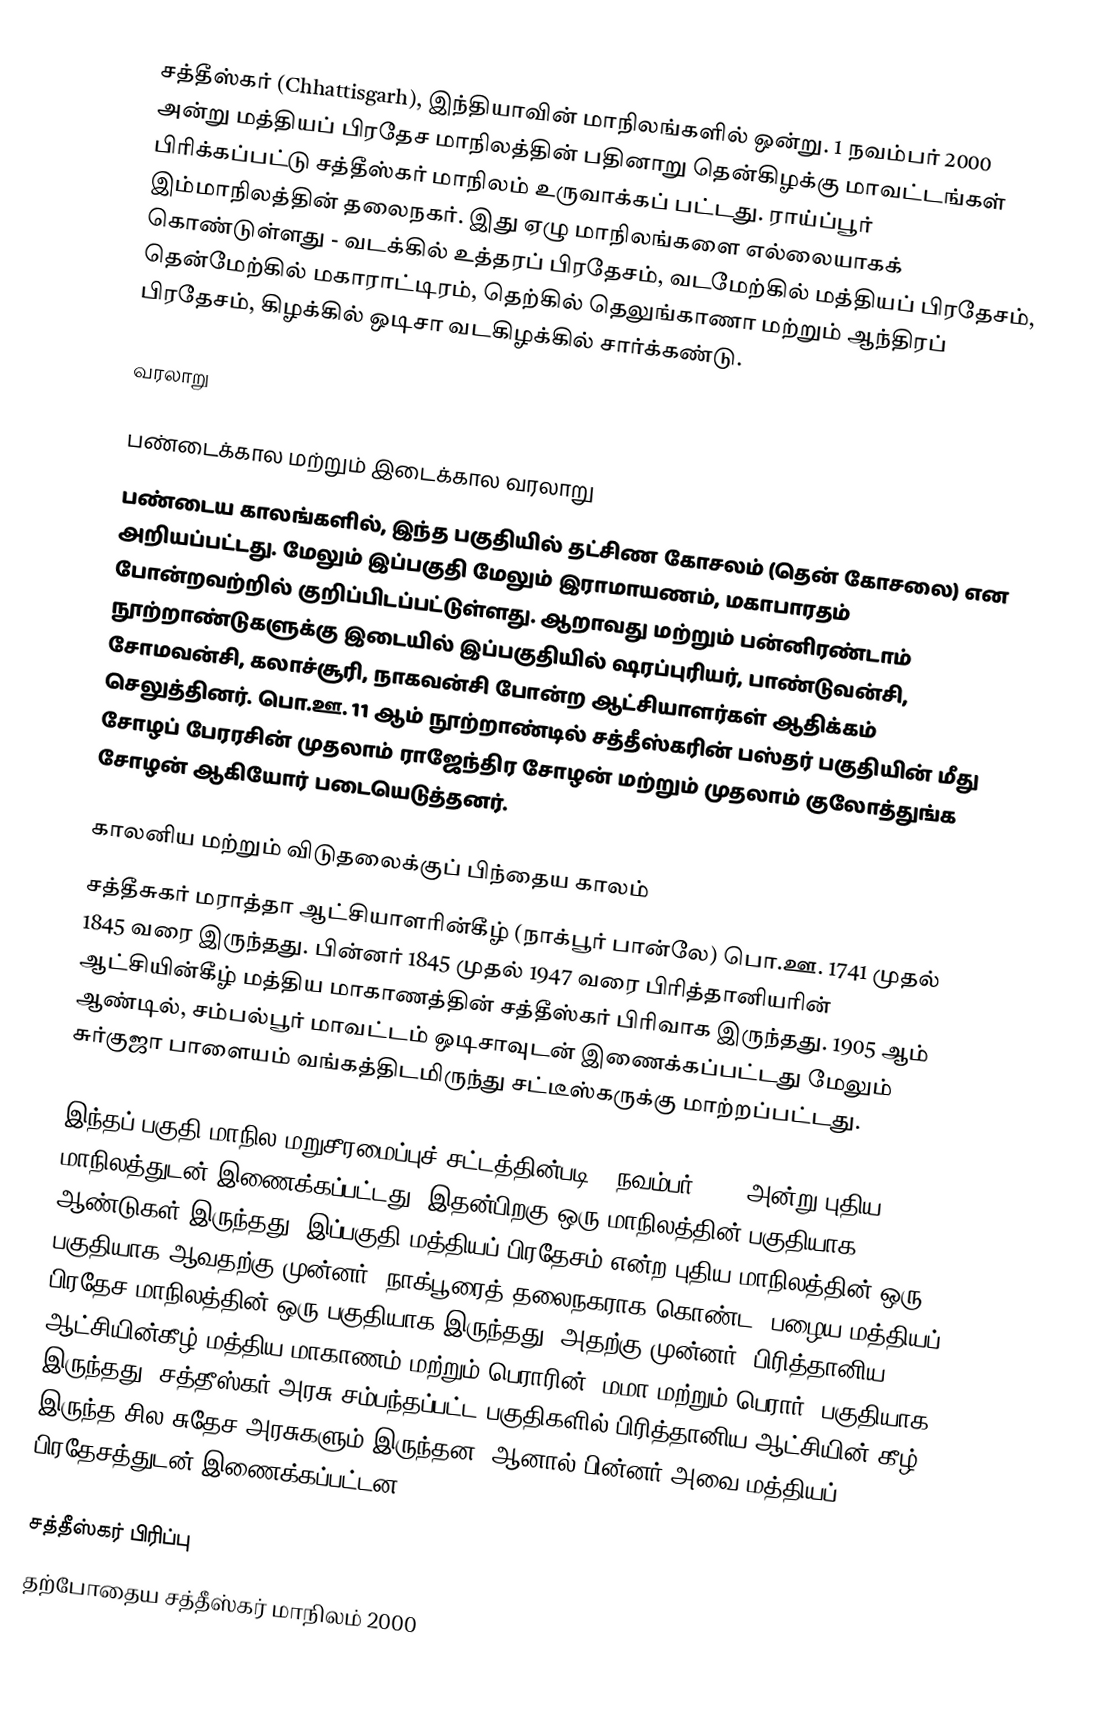
சத்தீஸ்கர் (Chhattisgarh), இந்தியாவின் மாநிலங்களில் ஒன்று. 1 நவம்பர் 2000 அன்று மத்தியப் பிரதேச மாநிலத்தின் பதினாறு தென்கிழக்கு மாவட்டங்கள் பிரிக்கப்பட்டு சத்தீஸ்கர் மாநிலம் உருவாக்கப் பட்டது. ராய்ப்பூர் இம்மாநிலத்தின் தலைநகர். இது ஏழு மாநிலங்களை எல்லையாகக் கொண்டுள்ளது - வடக்கில் உத்தரப் பிரதேசம், வடமேற்கில் மத்தியப் பிரதேசம், தென்மேற்கில் மகாராட்டிரம், தெற்கில் தெலுங்காணா மற்றும் ஆந்திரப் பிரதேசம், கிழக்கில் ஒடிசா வடகிழக்கில் சார்க்கண்டு.

வரலாறு

பண்டைக்கால மற்றும் இடைக்கால வரலாறு
பண்டைய காலங்களில், இந்த பகுதியில் தட்சிண கோசலம் (தென் கோசலை) என அறியப்பட்டது. மேலும் இப்பகுதி மேலும் இராமாயணம், மகாபாரதம் போன்றவற்றில் குறிப்பிடப்பட்டுள்ளது. ஆறாவது மற்றும் பன்னிரண்டாம் நூற்றாண்டுகளுக்கு இடையில் இப்பகுதியில் ஷரப்புரியர், பாண்டுவன்சி, சோமவன்சி, கலாச்சூரி, நாகவன்சி போன்ற ஆட்சியாளர்கள் ஆதிக்கம் செலுத்தினர். பொ.ஊ. 11 ஆம் நூற்றாண்டில் சத்தீஸ்கரின் பஸ்தர் பகுதியின் மீது சோழப் பேரரசின் முதலாம் ராஜேந்திர சோழன் மற்றும் முதலாம் குலோத்துங்க சோழன் ஆகியோர் படையெடுத்தனர்.

காலனிய மற்றும் விடுதலைக்குப் பிந்தைய காலம்
சத்தீசுகர் மராத்தா ஆட்சியாளரின்கீழ் (நாக்பூர் பான்லே) பொ.ஊ. 1741 முதல் 1845 வரை இருந்தது. பின்னர் 1845 முதல் 1947 வரை பிரித்தானியரின் ஆட்சியின்கீழ் மத்திய மாகாணத்தின் சத்தீஸ்கர் பிரிவாக இருந்தது. 1905 ஆம் ஆண்டில், சம்பல்பூர் மாவட்டம் ஒடிசாவுடன் இணைக்கப்பட்டது மேலும் சுர்குஜா பாளையம் வங்கத்திடமிருந்து சட்டீஸ்கருக்கு மாற்றப்பட்டது.

இந்தப் பகுதி மாநில மறுசீரமைப்புச் சட்டத்தின்படி 1 நவம்பர் 1956 அன்று புதிய மாநிலத்துடன் இணைக்கப்பட்டது, இதன்பிறகு ஒரு மாநிலத்தின் பகுதியாக 44 ஆண்டுகள் இருந்தது. இப்பகுதி மத்தியப் பிரதேசம் என்ற புதிய மாநிலத்தின் ஒரு பகுதியாக ஆவதற்கு முன்னர், நாக்பூரைத் தலைநகராக கொண்ட, பழைய மத்தியப் பிரதேச மாநிலத்தின் ஒரு பகுதியாக இருந்தது. அதற்கு முன்னர், பிரித்தானிய ஆட்சியின்கீழ் மத்திய மாகாணம் மற்றும் பெராரின் (மமா மற்றும் பெரார்) பகுதியாக இருந்தது. சத்தீஸ்கர் அரசு சம்பந்தப்பட்ட பகுதிகளில் பிரித்தானிய ஆட்சியின் கீழ் இருந்த சில சுதேச அரசுகளும் இருந்தன, ஆனால் பின்னர் அவை மத்தியப் பிரதேசத்துடன் இணைக்கப்பட்டன.

சத்தீஸ்கர் பிரிப்பு
தற்போதைய சத்தீஸ்கர் மாநிலம் 2000